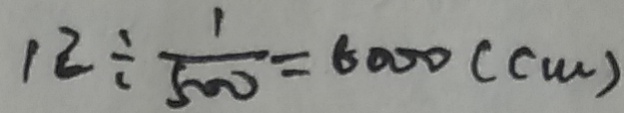
1 2 \div \frac { 1 } { 5 0 0 } = 6 0 0 0 ( c m )